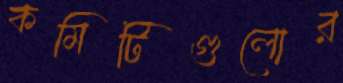
কমিটিগুলোর